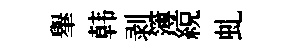
𦦙韩剥簿綂虬